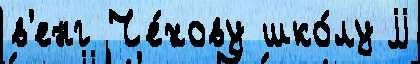
в'енг Че́хову шко́лу jj